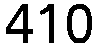
410